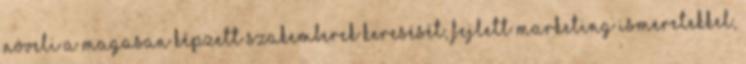
növeli a magasan képzett szakemberek keresését, fejlett marketing ismeretekkel,